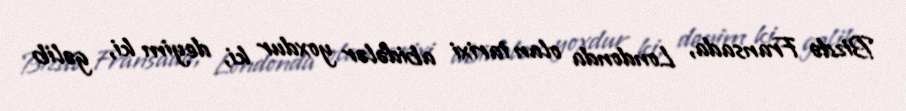
Bizdə Fransada, Londonda olan tarixi abidələr yoxdur ki, deyim ki, gəlib